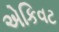
એકિવટ